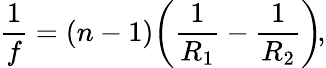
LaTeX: {\frac{1}{f}}=(n-1)\! \left({\frac{1}{R_{1}}}-{\frac{1}{R_{2}}}\right)\! ,